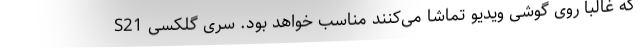
که غالبا روی گوشی ویدیو تماشا می‌کنند مناسب خواهد بود. سری گلکسی S21